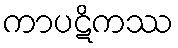
ကာပဋိကဿ